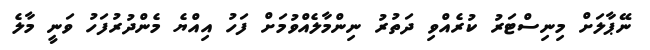
ނޭޕާލަށް މިނިސްޓަރު ކުރެއްވި ދަތުރު ނިންމާލެއްވުމަށް ފަހު އިއްޔެ މެންދުރުފަހު ވަނީ މާލެ